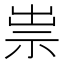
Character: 祟